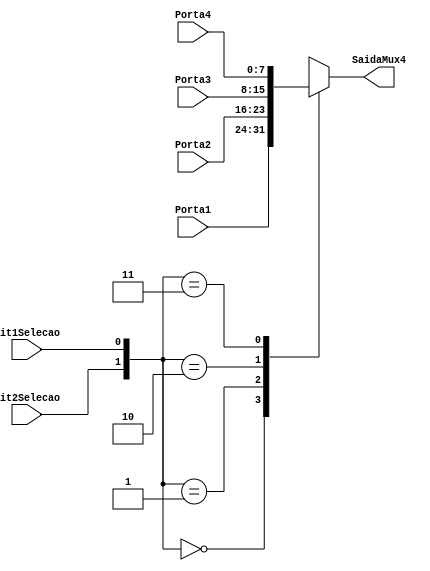
module Mux4Para1 (Porta1, Porta2, Porta3, Porta4, Bit1Selecao, Bit2Selecao, SaidaMux4);
    input wire [7:0] Porta1, Porta2, Porta3, Porta4; 
    input wire Bit1Selecao, Bit2Selecao;
    output reg [7:0] SaidaMux4;
    
    reg[1:0] Selecao;    //Barramento de 2 bits

    initial begin
        //Concatena os 2 sinais de seleo de 1 bit em 2 bits
        Selecao = {Bit2Selecao, Bit1Selecao};
    end

    always @(*) begin
        case (Selecao)
            2'b00: SaidaMux4 = Porta1;
            2'b01: SaidaMux4 = Porta2;
            2'b10: SaidaMux4 = Porta3;
            2'b11: SaidaMux4 = Porta4;
        endcase
    end
endmodule